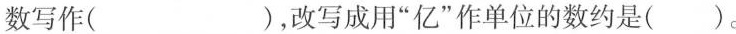
数写作( )，改写成用”亿”作单位的数约是()。